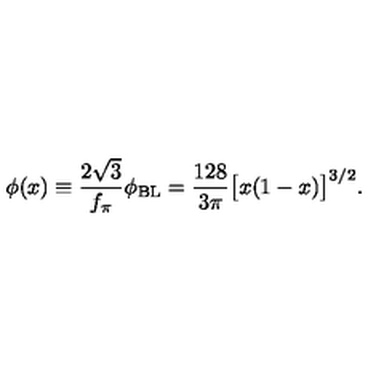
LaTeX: \phi ( x ) \equiv \frac { 2 \sqrt { 3 } } { f _ { \pi } } \phi _ { \mathrm { B L } } = \frac { 1 2 8 } { 3 \pi } \big [ x ( 1 - x ) \big ] ^ { 3 / 2 } .